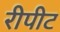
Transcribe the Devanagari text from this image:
रीपीट